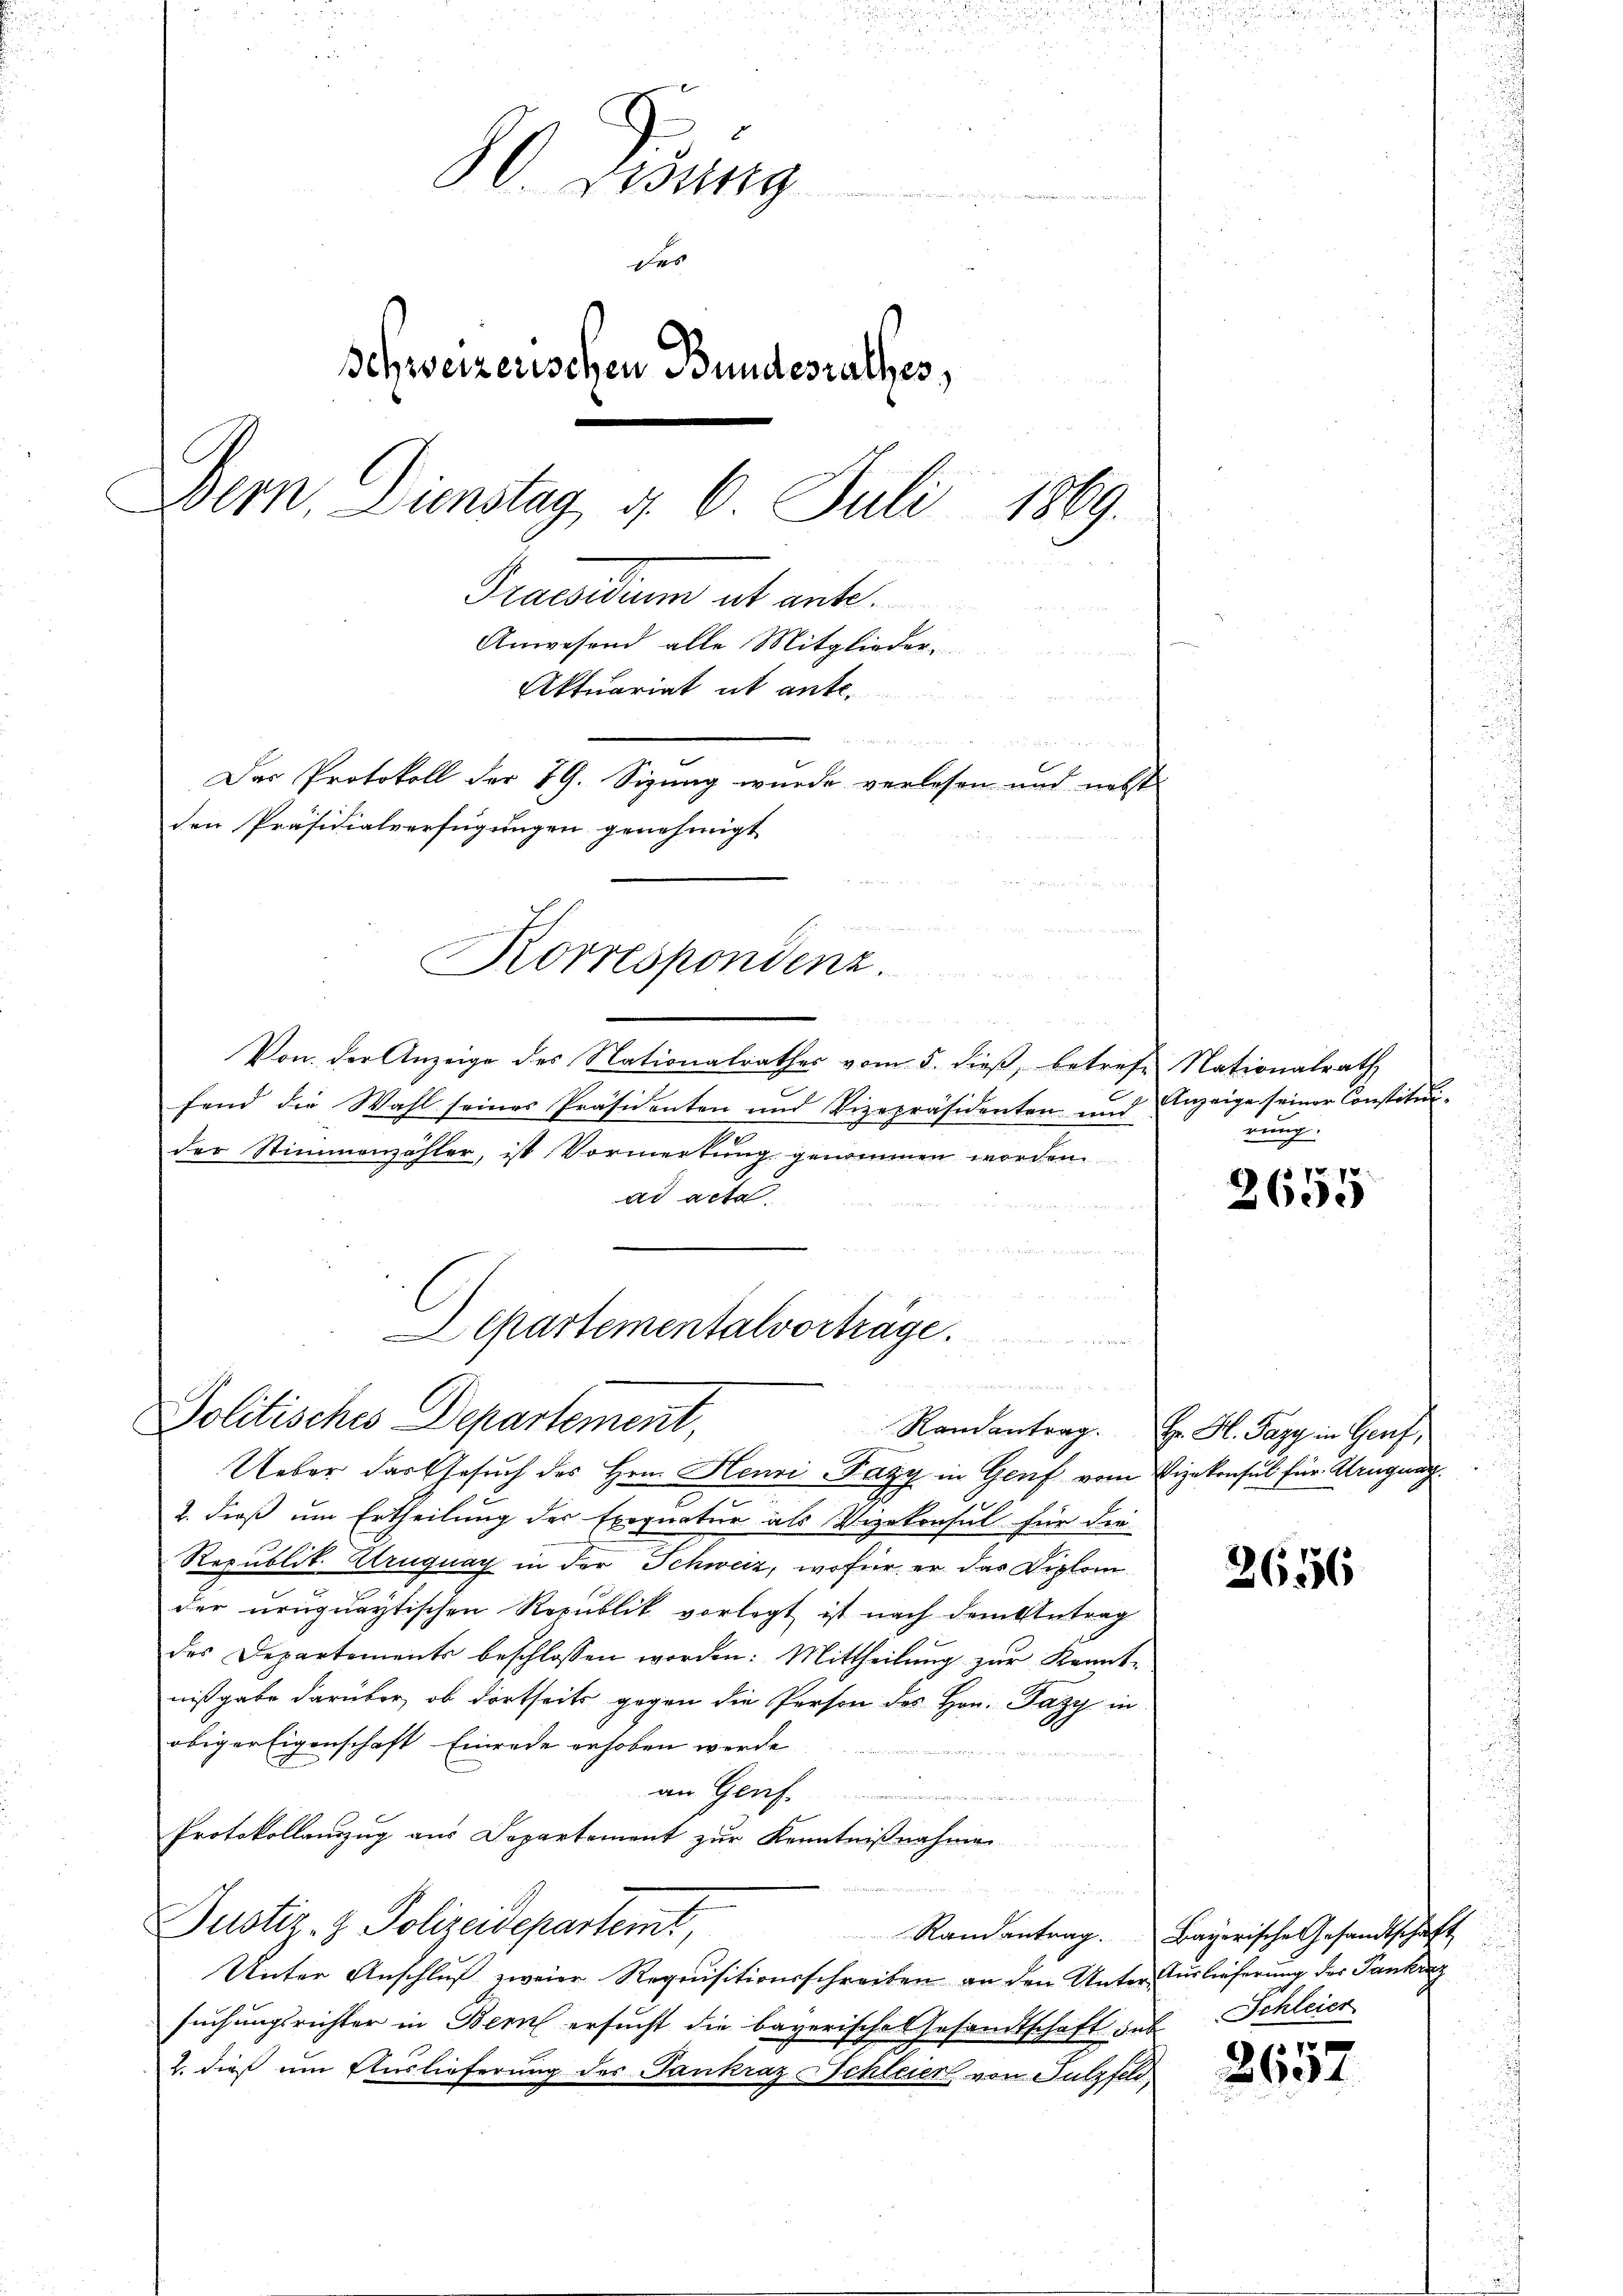
u
80. Verung
des
Schweizerischen Bundesrathes,
.
Dern. Dienstag d. 6. Juli 1869.
Praesidum ab ante.
Anwesend alle Mitglieder
u
Aktuariat ut ante.
u
n

Das Protokoll der 19. Sizung wurde verlesen und nebst
den Präsidialverfügungen genehmigt

Korrespondenz.

zu de de
Politisches Departement,

Von der Anzeige des Nationalrathes vom 5. dieß, betrefe Nationalrath
fend die Wahl seines Präsidenten und Vizepräsidenten und Anzeige seiner Constituig
der Stimmenzähler, ist Vormerkung genommen worden.
ad acta
Departementalvorträge.

Ueber das Gesuch des Hrn. Henri Pazy in Genf vom Vizekonsul für Krugung
2. dieß um Ertheilung des Exequatur als Vizekonsul für die
Republik. Kruguay in der Schweiz, wofür er das Diplom
der uruqueytischen Republik vorlegt ist nach dem Antrag
des Departements beschlossen worden: Mittheilŭng zur Kennt-
nißgabe darüber, ob dortseits gegen die Person des Hrn. Fazy in
obiger Eigenschaft Einrede erhoben werde
an Genf.
n
Protokollauszug aus Departement zur Kenntni
 Petenten
Justiz- & Polizeidepartemt,
Randantrag. Bayerische Gesandtschaft
Unter Anschluß zweier Requisitionsschreiben an den Unter Auslieferung des Tankrag
suchungsrichter in Bern ersucht die bayerisches Gesandtschaft sub. Schleien
2. dieß um Auslieferung des Tankraz Schleier von Sulzfel

weng

7
2605

Randantrag. Hr. H. Pazy in Genf,

2656

e
2604